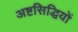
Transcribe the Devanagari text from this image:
अष्टसिद्धियों